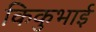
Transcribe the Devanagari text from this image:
किकुभाई